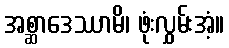
အစ္ဆာဒေဿာမိ၊ ဖုံးလွှမ်းအံ့။